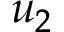
u _ { 2 }